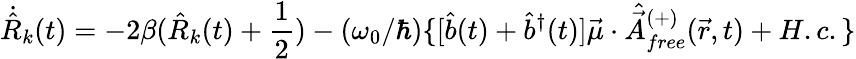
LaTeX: {\dot{\hat{R}}}_{k}(t)=-2\beta({\hat{R}}_{k}(t)+{\frac{1}{2}})-(\omega_{0}/\hbar)\{ [{\hat{b}}(t)+{\hat{b}}^{\dagger}(t)]{\vec{\mu}}\cdot{\hat{\vec{A}}}_{free}^{(+)}({\vec{r}},t)+H.c.\}